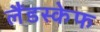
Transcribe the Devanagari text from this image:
लैंडस्केफ